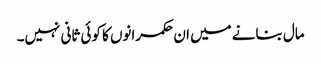
مال بنانے میں ان حکمرانوں کا کوئی ثانی نہیں۔